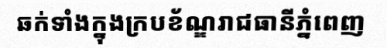
ឆក់ទាំងក្នុងក្របខ័ណ្ឌរាជធានីភ្នំពេញ